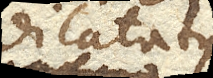
dilatatus